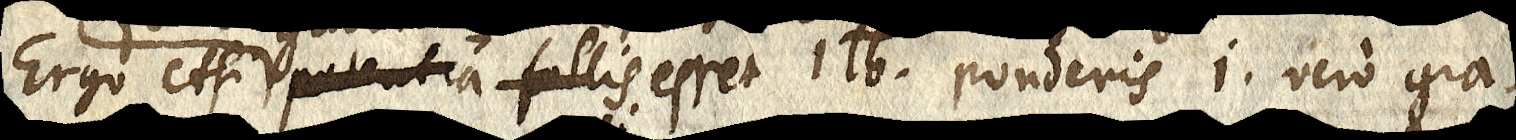
Ergo etsi potentia follis esset 1 ℔. ponderis i. vero gra-